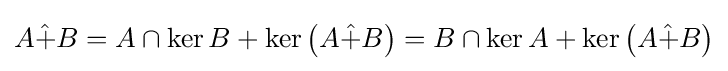
A{\hat {+}}B=A\cap \ker B+\ker \left(A{\hat {+}}B\right)=B\cap \ker A+\ker \left(A{\hat {+}}B\right)